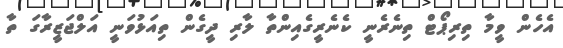
އެހެން ވީމާ ތިރިޕޯޓް ތިނެރެނީ ކެނެރީގެއިންތާ ލާރި ދީގެން ތިއަޅުވަނީ އަލްޖަޒީރާގަ ތާ